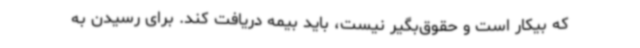
که بیکار است و حقوق‌بگیر نیست، باید بیمه دریافت کند. برای رسیدن به